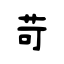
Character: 苛